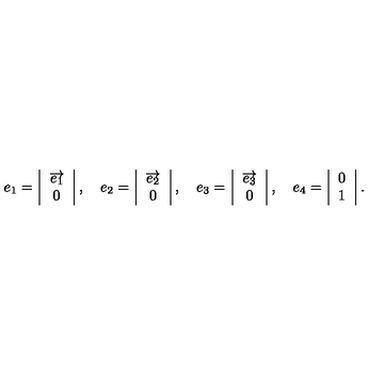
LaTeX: e _ { 1 } = \left| \begin{array} { c } { \overrightarrow { e _ { 1 } } } \\ { 0 } \\ \end{array} \right| , \quad e _ { 2 } = \left| \begin{array} { c } { \overrightarrow { e _ { 2 } } } \\ { 0 } \\ \end{array} \right| , \quad e _ { 3 } = \left| \begin{array} { c } { \overrightarrow { e _ { 3 } } } \\ { 0 } \\ \end{array} \right| , \quad e _ { 4 } = \left| \begin{array} { c } { 0 } \\ { 1 } \\ \end{array} \right| .